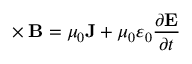
\mathbf { \nabla } \times \mathbf { B } = \mu _ { 0 } \mathbf { J } + \mu _ { 0 } \varepsilon _ { 0 } { \frac { \partial \mathbf { E } } { \partial t } }